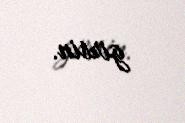
girsin.